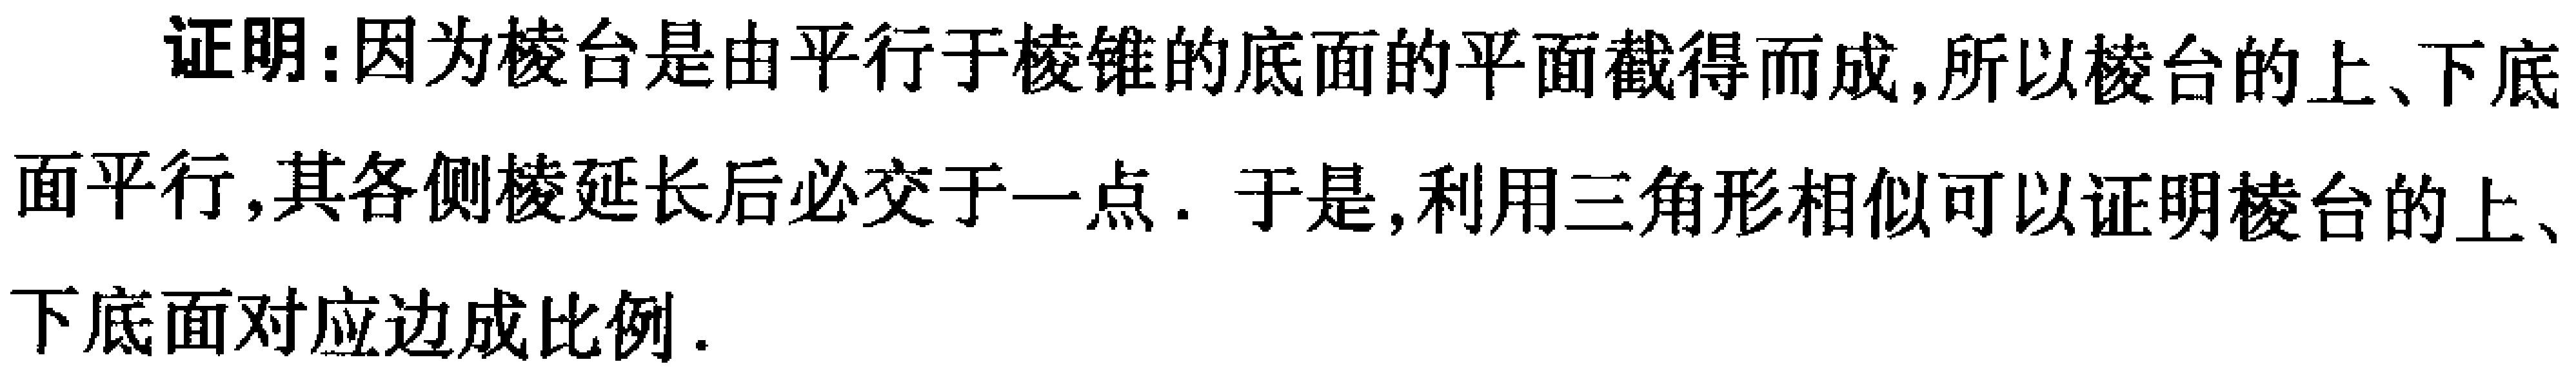
证明：因为棱台是由平行于棱锥的底面的平面截得而成,所以棱台的上、下底面平行,其各侧棱延长后必交于一点. 于是,利用三角形相似可以证明棱台的上、下底面对应边成比例.